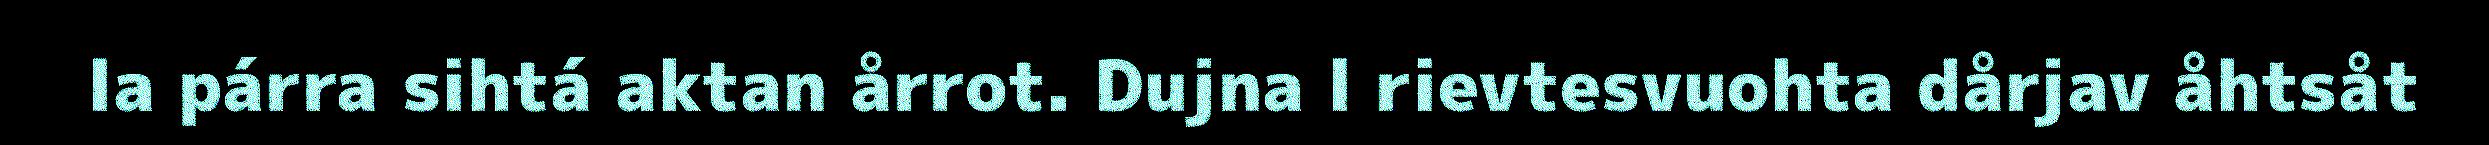
la párra sihtá aktan årrot. Dujna l rievtesvuohta dårjav åhtsåt